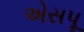
એસપૂ